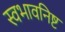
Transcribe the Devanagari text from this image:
स्वभावनिष्ट